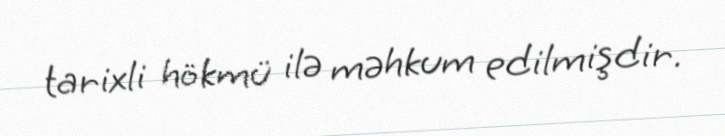
tarixli hökmü ilə məhkum edilmişdir.